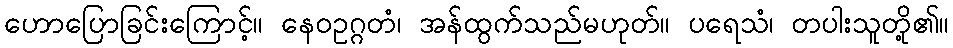
ဟောပြောခြင်းကြောင့်။ နေဝဥဂ္ဂတံ၊ အန်ထွက်သည်မဟုတ်။ ပရေသံ၊ တပါးသူတို့၏။